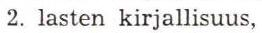
2. lasten kirjallisuus,